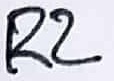
Text: R2